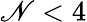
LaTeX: \mathscr{N}<4